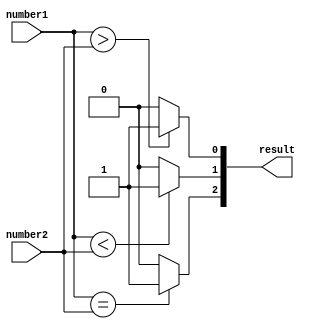
module magnitude_comparator (
    input [7:0] number1,
    input [7:0] number2,
    output [2:0] result
);

assign result[0] = (number1 > number2) ? 1'b1 : 1'b0;
assign result[1] = (number1 < number2) ? 1'b1 : 1'b0;
assign result[2] = (number1 == number2) ? 1'b1 : 1'b0;

endmodule